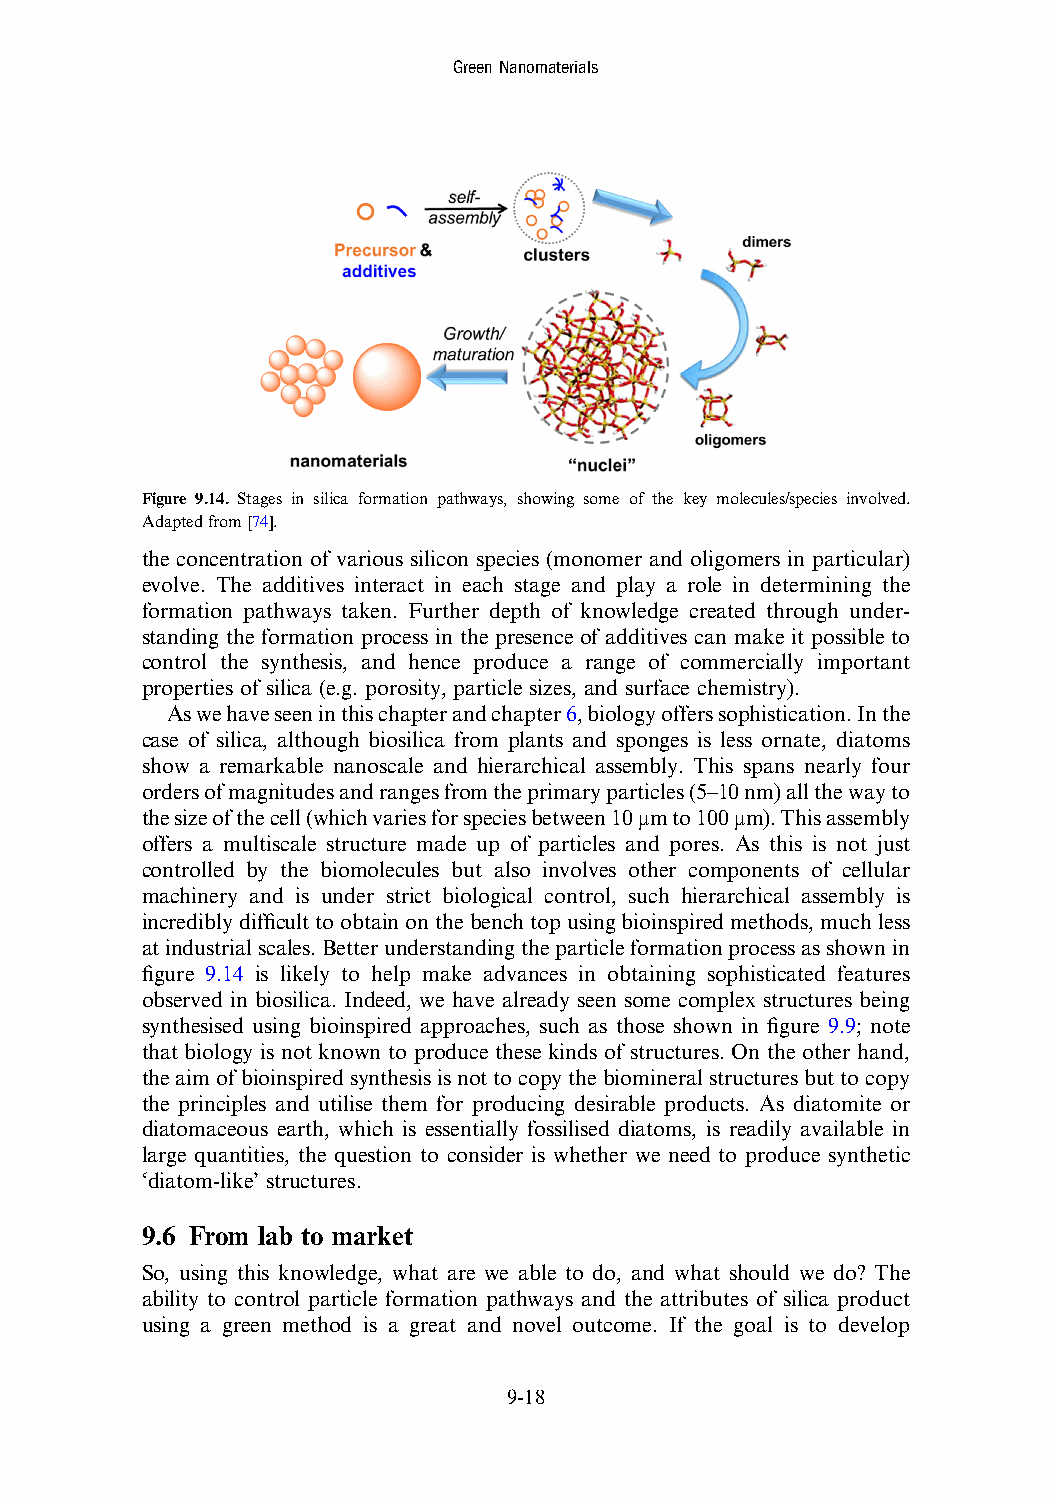
GreenNanomaterials
 Figure 9.14. Stages in silica formation pathways, showing some of the key molecules/species involved.
 Adaptedfrom[74].
 the concentration of various silicon species (monomer and oligomers in particular)
 evolve. The additives interact in each stage and play a role in determining the
 formation pathways taken. Further depth of knowledge created through under-
 standing the formation process in the presence of additives can make it possible to
 control the synthesis, and hence produce a range of commercially important
 properties of silica (e.g. porosity, particle sizes, and surface chemistry).
 Aswehaveseeninthischapterandchapter6,biologyofferssophistication.Inthe
 case of silica, although biosilica from plants and sponges is less ornate, diatoms
 show a remarkable nanoscale and hierarchical assembly. This spans nearly four
 ordersofmagnitudesandrangesfromtheprimaryparticles(5–10nm)allthewayto
 thesizeofthecell(whichvariesforspeciesbetween10μmto100μm).Thisassembly
 offers a multiscale structure made up of particles and pores. As this is not just
 controlled by the biomolecules but also involves other components of cellular
 machinery and is under strict biological control, such hierarchical assembly is
 incrediblydifficulttoobtainonthebenchtopusingbioinspiredmethods,muchless
 atindustrialscales.Betterunderstandingtheparticleformationprocessasshownin
 figure 9.14 is likely to help make advances in obtaining sophisticated features
 observed in biosilica. Indeed, we have already seen some complex structures being
 synthesised using bioinspired approaches, such as those shown in figure 9.9; note
 that biology is not known to produce these kinds of structures. On the other hand,
 theaimofbioinspiredsynthesisisnottocopythebiomineralstructuresbuttocopy
 the principles and utilise them for producing desirable products. As diatomite or
 diatomaceous earth, which is essentially fossilised diatoms, is readily available in
 large quantities, the question to consider is whether we need to produce synthetic
 ‘diatom-like’ structures.
 9.6 From lab to market
 So, using this knowledge, what are we able to do, and what should we do? The
 ability to control particle formation pathways and the attributes of silica product
 using a green method is a great and novel outcome. If the goal is to develop
 9-18